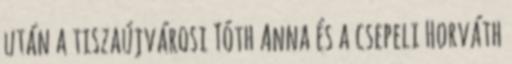
után a tiszaújvárosi Tóth Anna és a csepeli Horváth